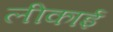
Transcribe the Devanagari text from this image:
लीकाई